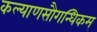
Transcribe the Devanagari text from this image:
कल्याणसौगन्धिकम्